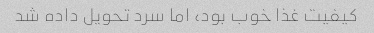
کیفیت غذا خوب بود، اما سرد تحویل داده شد